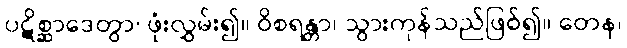
ပဋိစ္ဆာဒေတွာ၊ ဖုံးလွှမ်း၍။ ဝိစရန္တာ၊ သွားကုန်သည်ဖြစ်၍။ တေန၊